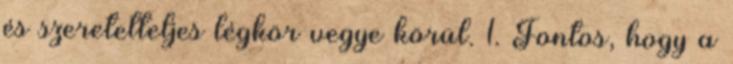
és szeretetteljes légkör vegye körül. 1. Fontos, hogy a